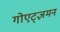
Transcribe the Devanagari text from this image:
गोएट्ज़मन